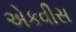
એકવીસ